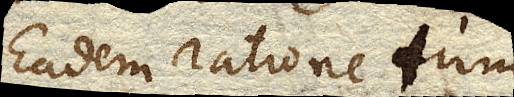
Eadem ratione tum